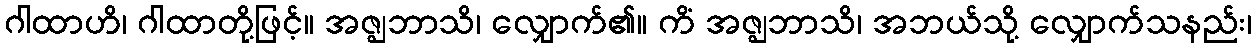
ဂါထာဟိ၊ ဂါထာတို့ဖြင့်။ အဇ္ဈဘာသိ၊ လျှောက်၏။ ကိံ အဇ္ဈဘာသိ၊ အဘယ်သို့ လျှောက်သနည်း၊